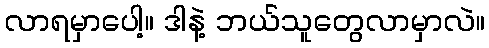
လာရမှာပေါ့။ ဒါနဲ့ ဘယ်သူတွေလာမှာလဲ။